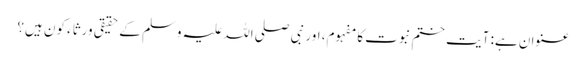
عنوان ہے: آیت ختم نبوت کا مفہوم، اور نبی صلی اللہ علیہ وسلم کے حقیقی ورثاء کون ہیں؟